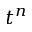
t ^ { n }